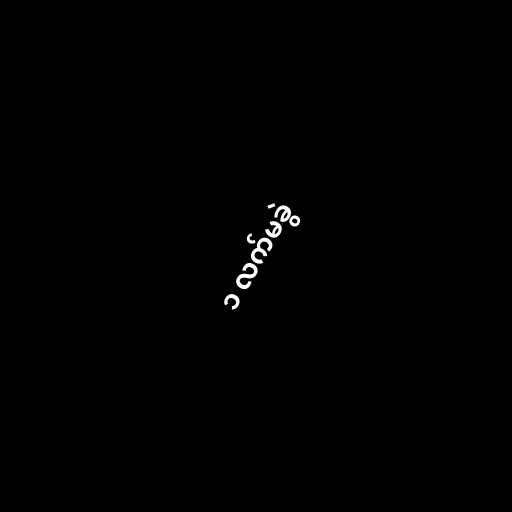
၁ လက်မခွဲ